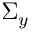
\Sigma _ { y }